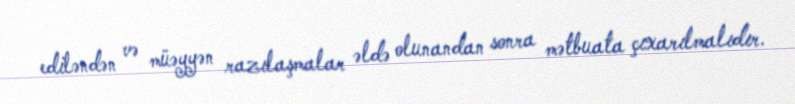
ediləndən və müəyyən razılaşmalar əldə olunandan sonra mətbuata çıxarılmalıdır.